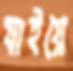
যাইয়ে